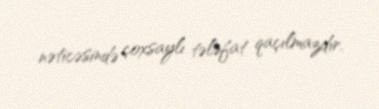
nəticəsində çoxsaylı tələfat qaçılmazdır.